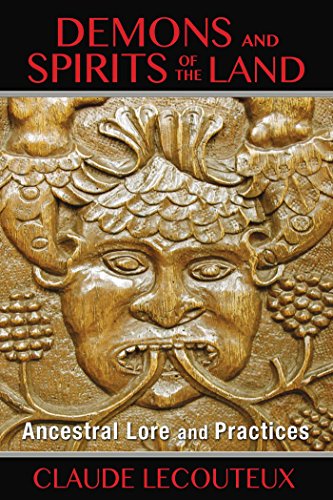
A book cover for Demons and Spirits of the Land: Ancestral Lore and Practices; Claude Lecouteux; Religion & Spirituality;